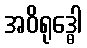
အဝိရုဒ္ဓေါ